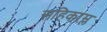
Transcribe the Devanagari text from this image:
सहिकाम्ल